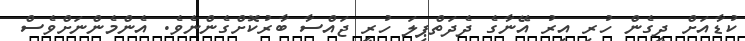
ކުޑާއަށް ދީގެން ހުރި އިރު އޭނާގެ ދެދަތްޕިލަ ހުރީ ޖައްސާ ބާރުކޮށްގެންނެވެ. އެންމެންނަށްވެސް